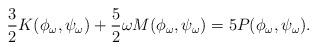
LaTeX: \begin{align*} \frac{3}{2} K(\phi_\omega,\psi_\omega) + \frac{5}{2} \omega M(\phi_\omega,\psi_\omega) = 5 P(\phi_\omega,\psi_\omega).\end{align*}